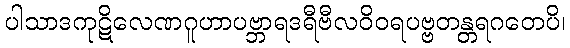
ပါသာဒကုဋိလေဏဂူဟာပဗ္ဘာရဒရီဗီလဝိဝရပဗ္ဗတန္တရဂတေပိ၊